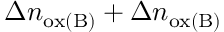
\Delta n _ { \mathrm { o x ( B ) } } + \Delta n _ { \mathrm { o x ( B ) } }